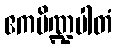
ဧကပိဏ္ဍပါတံ